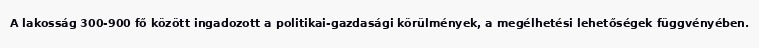
A lakosság 300-900 fő között ingadozott a politikai-gazdasági körülmények, a megélhetési lehetőségek függvényében.